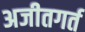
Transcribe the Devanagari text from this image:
अजीतगर्त